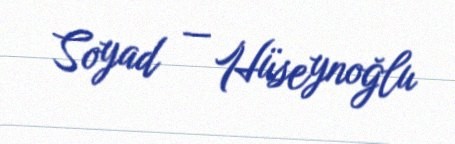
Soyad — Hüseynoğlu